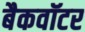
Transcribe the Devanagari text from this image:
बैकवॉटर